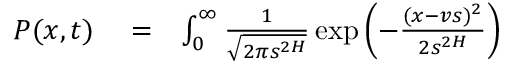
\begin{array} { r l r } { P ( x , t ) } & { { } = } & { \int _ { 0 } ^ { \infty } \frac { 1 } { \sqrt { 2 \pi s ^ { 2 H } } } \exp \left( - \frac { ( x - v s ) ^ { 2 } } { 2 s ^ { 2 H } } \right) } \end{array}